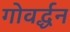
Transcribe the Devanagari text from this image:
गोवर्द्धन